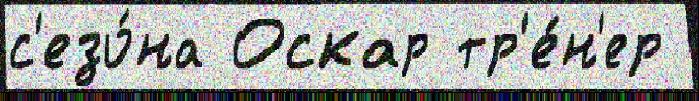
с'езо́на Оскар тр'е́н'ер